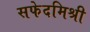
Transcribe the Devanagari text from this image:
सफेदमिश्री